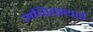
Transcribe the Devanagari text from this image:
अचिरस्थाई